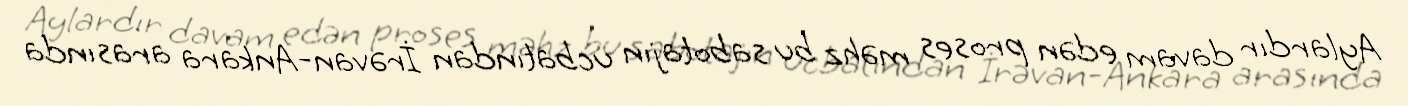
Aylardır davam edən proses məhz bu sabotajın ucbatından İrəvan-Ankara arasında